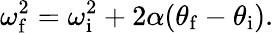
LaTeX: \omega_{\mathrm{f}}^{2}=\omega_{\mathrm{i}}^{2}+2\alpha(\theta_{\mathrm{f}}-\theta_{\mathrm{i}}).